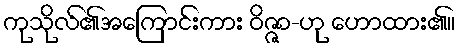
ကုသိုလ်၏အကြောင်းကား ဝိဇ္ဇာ-ဟု ဟောထား၏။